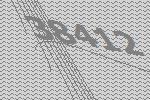
38412